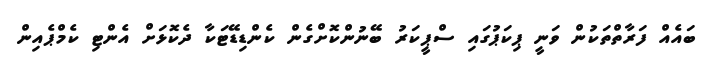
ބައެއް ފަރާތްތަކުން ވަނީ ޕިކަޕުގައި ސްޕީކަރު ބޭނުންކޮށްގެން ކެންޑިޑޭޓަކާ ދެކޮޅަށް އެންޓި ކެމްޕެއިން